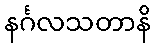
နင်္ဂလသတာနိ